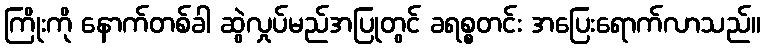
ကြိုးကို နောက်တစ်ခါ ဆွဲလှုပ်မည်အပြုတွင် ခရစ္စတင်း အပြေးရောက်လာသည်။